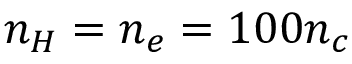
n _ { H } = n _ { e } = 1 0 0 n _ { c }